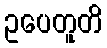
ဥပေတူတိ